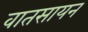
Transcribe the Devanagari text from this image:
वातसायन